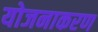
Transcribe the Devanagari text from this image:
योजनाकरण